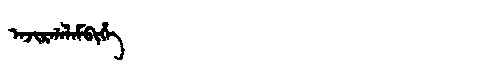
Manchu: ᠠᠵᡳᡵᡤᠠᠯᠠᠮᠪᡳᡥᡝ
Romanization: AJIRGALAMBIHE